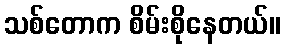
သစ်တောက စိမ်းစိုနေတယ်။